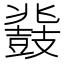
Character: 鼗